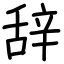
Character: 辞